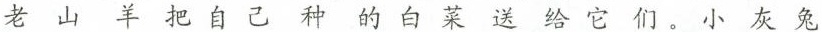
老山羊把自己种的白菜送给它们。小灰兔